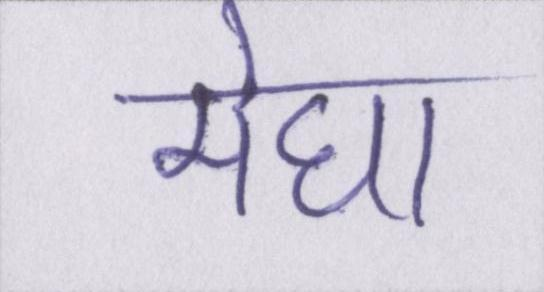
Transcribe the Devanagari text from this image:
मेघा